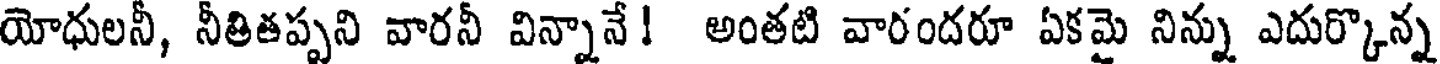
యోధులనీ, నీతితప్పని వారనీ విన్నానే! అంతటి వారందరూ ఏకమై నిన్ను ఎదుర్కొన్న